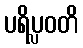
ပရိပ္လဝတိ